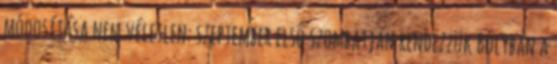
módosítása nem véletlen: szeptember első szombatján rendezzük Bólyban a